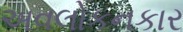
અવલોકનકાર